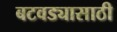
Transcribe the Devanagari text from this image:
बटवड्यासाठी